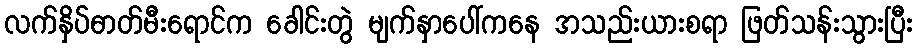
လက်နှိပ်ဓာတ်မီးရောင်က ခေါင်းတွဲ မျက်နှာပေါ်ကနေ အသည်းယားစရာ ဖြတ်သန်းသွားပြီး